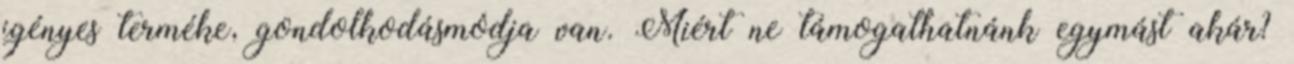
igényes terméke, gondolkodásmódja van. Miért ne támogathatnánk egymást akár?